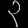
Digit: ၃